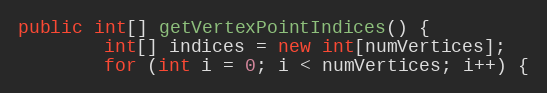
Language: Java
public int[] getVertexPointIndices() {
        int[] indices = new int[numVertices];
        for (int i = 0; i < numVertices; i++) {